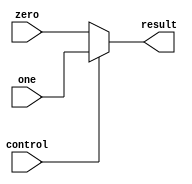
module one_bit_mux(
	input wire control,
	input wire [31:0]zero,
	input wire [31:0]one,
	
	output reg [31:0]result);
	
	//integer sel = control;
	
	always 
		begin
			if (control == 0) begin
				result = zero;
			end
			
			else begin
				result = one;
			end
		end
endmodule